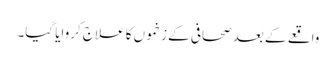
واقعے کے بعد صحافی کے زخموں کا علاج کروایا گیا۔